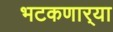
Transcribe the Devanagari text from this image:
भटकणार्‍या